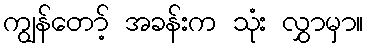
ကျွန်တော့် အခန်းက သုံး လွှာမှာ။